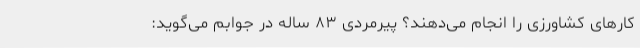
کار‌های کشاورزی را انجام می‌دهند؟ پیرمردی ۸۳ ساله در جوابم می‌گوید: